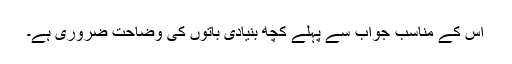
اس کے مناسب جواب سے پہلے کچھ بنیادی باتوں کی وضاحت ضروری ہے۔